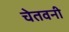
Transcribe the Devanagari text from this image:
चेतवनी